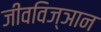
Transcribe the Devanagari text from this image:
जीवविज्ञान